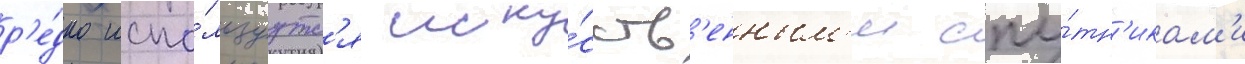
р'е́дко испо́льзуутс'я иску́сств'енным'и спу́тн'икам'и